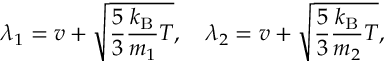
\lambda _ { 1 } = v + \sqrt { \frac { 5 } { 3 } \frac { k _ { \mathrm { B } } } { m _ { 1 } } T } , \quad \lambda _ { 2 } = v + \sqrt { \frac { 5 } { 3 } \frac { k _ { \mathrm { B } } } { m _ { 2 } } T } ,